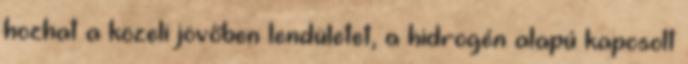
hozhat a közeli jövőben lendületet, a hidrogén alapú kapcsolt